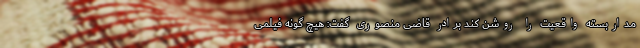
مداربسته واقعیت را روشن کند برادر قاضی منصوری گفت: هیچ گونه فیلمی